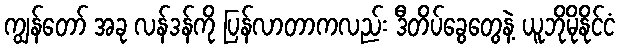
ကျွန်တော် အခု လန်ဒန်ကို ပြန်လာတာကလည်း ဒီတိပ်ခွေတွေနဲ့ ယူဘိုမိုနိုင်ငံ